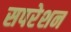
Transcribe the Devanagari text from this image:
सपरेशन